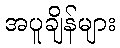
အပူချိန်များ